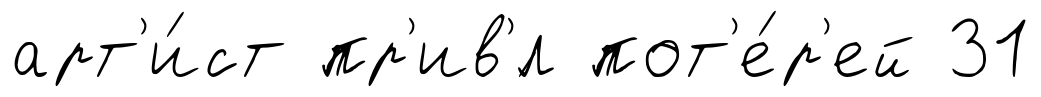
арт'и́ст пр'ив'́л пот'е́р'ей 31